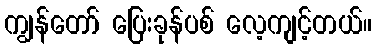
ကျွန်တော် ပြေးခုန်ပစ် လေ့ကျင့်တယ်။